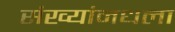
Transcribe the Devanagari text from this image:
संख्यांमधला